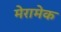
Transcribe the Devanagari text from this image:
मेरामेक